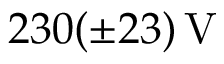
2 3 0 ( \pm 2 3 ) \, \mathrm { V }